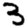
Digit: 3